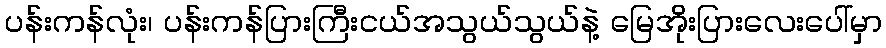
ပန်းကန်လုံး၊ ပန်းကန်ပြားကြီးငယ်အသွယ်သွယ်နဲ့ မြေအိုးပြားလေးပေါ်မှာ